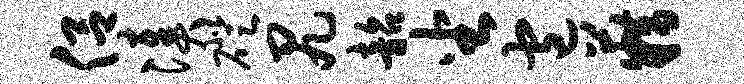
侣凑磴尻韶坐包籍